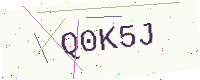
Text: Q0K5J